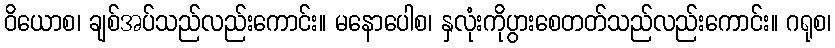
ဝိယောစ၊ ချစ်အပ်သည်လည်းကောင်း။ မနောပေါစ၊ နှလုံးကိုပွားစေတတ်သည်လည်းကောင်း။ ဂရုစ၊